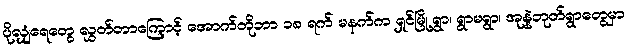
ပိုလျှံရေတွေ လွှတ်တာကြောင့် အောက်တိုဘာ ၁၈ ရက် မနက်က ရှင်မြို့ရွာ၊ ရွာမရွာ၊ အုန္နဲဘုတ်ရွာတွေမှာ